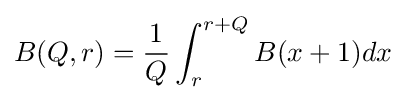
B(Q,r)={\frac {1}{Q}}\int _{r}^{r+Q}B(x+1)dx